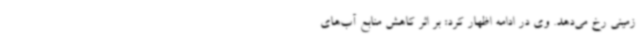
زمینی رخ می‌دهد. وی در ادامه اظهار کرد: بر اثر کاهش منابع آب‌های